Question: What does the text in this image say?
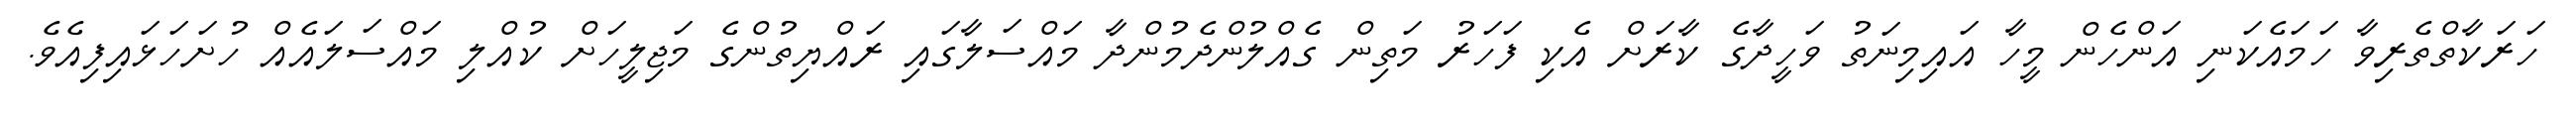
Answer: ހަރަކާތްތެރިވާ ހަމައެކަނި އަންހެން މީހާ އައިމިނަތު ވަހީދާގެ ކާރަށް އެކި ފަހަރު މަތިން ގެއްލުންދެމުންދާ މައްސަލާގައި ރައްޔިތުންގެ މަޖިލީހަށް ކުއްލި މައްސަލައެއް ހުށަހަޅައިފިއެވެ.